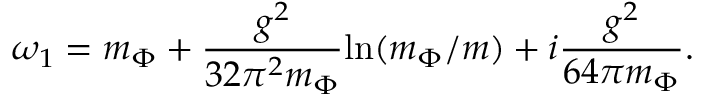
{ \omega } _ { 1 } = m _ { \Phi } + \frac { g ^ { 2 } } { 3 2 { \pi } ^ { 2 } m _ { \Phi } } { \ln } ( m _ { \Phi } / m ) + i \frac { g ^ { 2 } } { 6 4 { \pi } m _ { \Phi } } . \nonumber